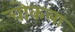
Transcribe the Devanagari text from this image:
चोकला